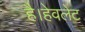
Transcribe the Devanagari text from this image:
है।हेवलेट